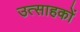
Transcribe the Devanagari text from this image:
उत्साहकों